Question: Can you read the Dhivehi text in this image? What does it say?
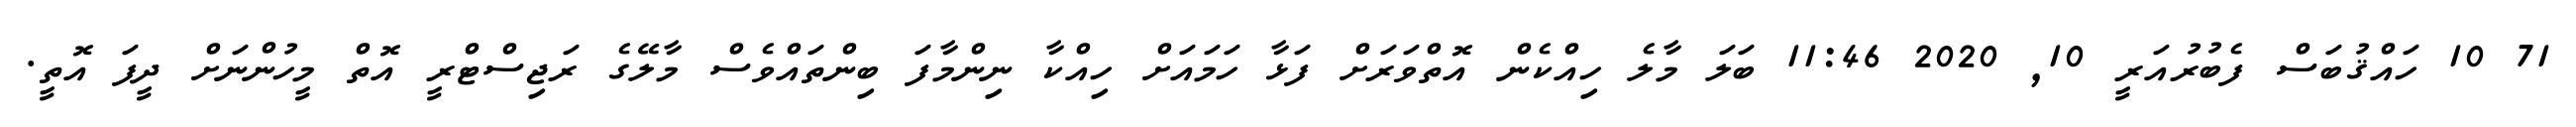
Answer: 71 10 ހައްޤުބަސް ފެބުރުއަރީ 10, 2020 11:46 ބަލަ މާލެ ހިއްކެން އޮތްވަރަށް ފަޅާ ހަމައަށް ހިއްކާ ނިންމާފަ ބިންތައްވެސް މާލޭގެ ރަޖިސްޓްރީ އޮތް މީހުންނަށް ދީފަ އޮތީ.